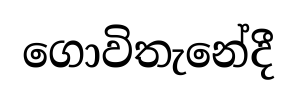
ගොවිතැනේදී